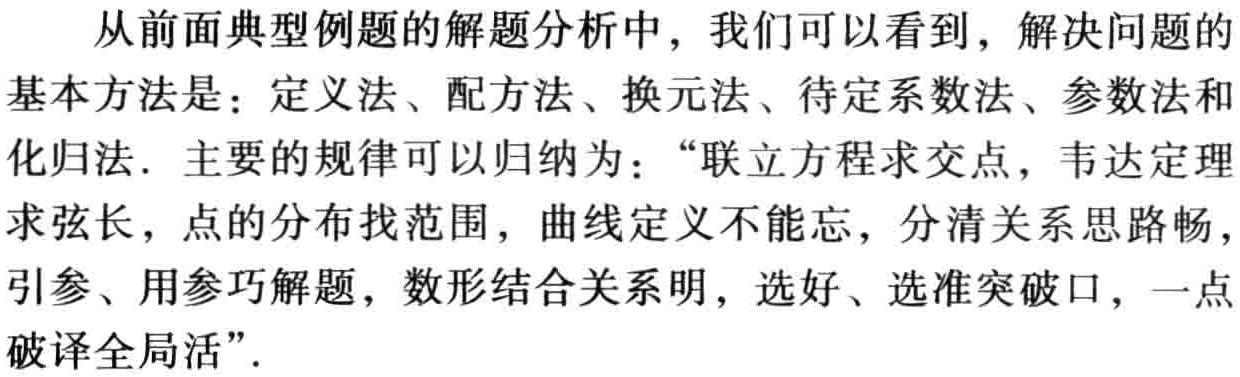
从前面典型例题的解题分析中，我们可以看到，解决问题的基本方法是：定义法、配方法、换元法、待定系数法、参数法和化归法. 主要的规律可以归纳为：“联立方程求交点，韦达定理求弦长，点的分布找范围，曲线定义不能忘，分清关系思路畅，引参、用参巧解题，数形结合关系明，选好、选准突破口，一点破译全局活”.